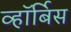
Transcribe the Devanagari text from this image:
व्हॉर्बिस